Vaccination report Assam 1874-1896 - 1874-1896
Year: 1874
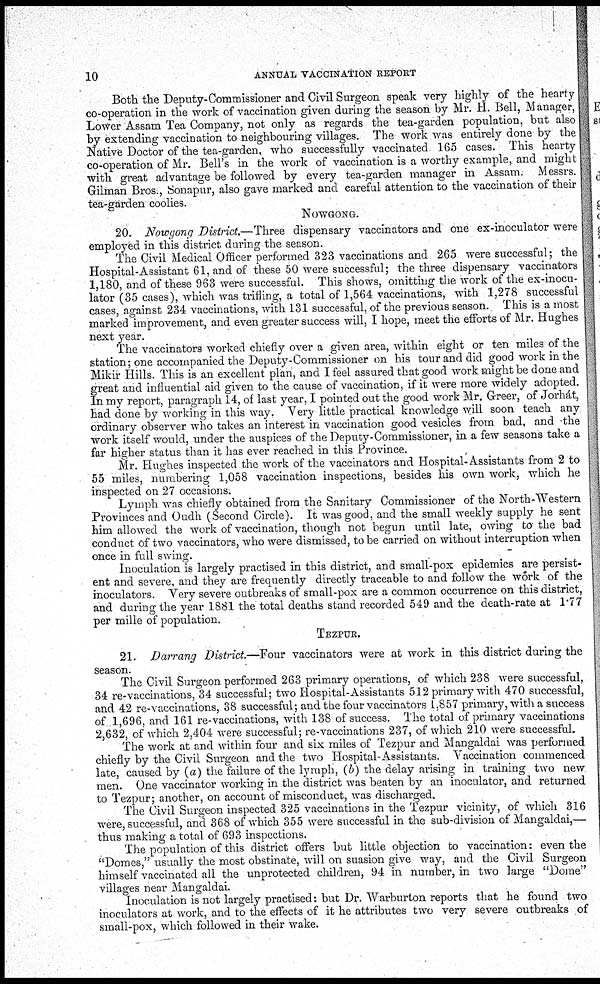
10
ANNUAL VACCINATION REPORT
Both the Deputy-Commissioner and Civil Surgeon speak very highly of the hearty
co-operation in the work of vaccination given during the season by Mr. H. Bell, Manager,
Lower Assam Tea Company, not only as regards the tea-garden population, but also
by extending vaccination to neighbouring villages. The work was entirely done by the
Native Doctor of the tea-garden, who successfully vaccinated 165 cases. This hearty
co-operation of Mr. Bell's in the work of vaccination is a worthy example, and might
with great advantage be followed by every tea-garden manager in Assam. Messrs.
Gilman Bros., Sonapur, also gave marked and careful attention to the vaccination of their
tea-garden coolies.
NOWGONG.
20. Nowgong District.—Three dispensary vaccinators and one ex-inoculator were
employed in this district during the season.
The Civil Medical Officer performed 323 vaccinations and 265 were successful; the
Hospital-Assistant 61, and of these 50 were successful; the three dispensary vaccinators
1,180, and of these 963 were successful. This shows, omitting the work of the ex-inocu-
lator (35 cases), which was trifling, a total of 1,564 vaccinations, with 1,278 successful
cases, against 234 vaccinations, with 131 successful, of the previous season. This is a most
marked improvement, and even greater success will, I hope, meet the efforts of Mr. Hughes
next year.
The vaccinators worked chiefly over a given area, within eight or ten miles of the
station; one accompanied the Deputy-Commissioner on his tour and did good work in the
Mikir Hills. This is an excellent plan, and I feel assured that good work might be done and
great and influential aid given to the cause of vaccination, if it were more widely adopted.
In my report, paragraph 14, of last year, I pointed out the good work Mr. Greer, of Jorhát,
had done by working in this way. Very little practical knowledge will soon teach any
ordinary observer who takes an interest in vaccination good vesicles from bad, and the
work itself would, under the auspices of the Deputy-Commissioner, in a few seasons take a
far higher status than it has ever reached in this Province.
Mr. Hughes inspected the work of the vaccinators and Hospital- Assistants from 2 to
55 miles, numbering 1,058 vaccination inspections, besides his own work, which he
inspected on 27 occasions.
Lymph was chiefly obtained from the Sanitary Commissioner of the North -Western
Provinces and Oudh (Second Circle). It was good, and the small weekly supply he sent
him allowed the work of vaccination, though not begun until late, owing to the bad
conduct of two vaccinators, who were dismissed, to be carried on without interruption when
once in full swing.
Inoculation is largely practised in this district, and small-pox epidemics are persist-
ent and severe, and they are frequently directly traceable to and follow the work of the
inoculators. Very severe outbreaks of small-pox are a common occurrence on this district,
and during the year 1881 the total deaths stand recorded 549 and the death-rate at 1.77
per mille of population.
TEZPUR.
21. Darrang District.—Four vaccinators were at work in this district during the
season.
The Civil Surgeon performed 263 primary operations, of which 238 were successful,
34 re-vaccinations, 34 successful; two Hospital-Assistants 512 primary with 470 successful,
and 42 re-vaccinations, 38 successful; and the four vaccinators 1,857 primary, with a success
of 1,696, and 161 re-vaccinations, with 138 of success. The total of primary vaccinations
2,632, of which 2,404 were successful; re-vaccinations 237, of which 210 were successful.
The work at and within four and six miles of Tezpur and Mangaldai was performed
chiefly by the Civil Surgeon and the two Hospital-Assistants. Vaccination commenced
late, caused by (a) the failure of the lymph, (b) the delay arising in training two new
men. One vaccinator working in the district was beaten by an inoculator, and returned
to Tezpur; another, on account of misconduct, was discharged.
The Civil Surgeon inspected 325 vaccinations in the Tezpur vicinity, of which 316
were, successful, and 368 of which 355 were successful in the sub-division of Mangaldai,—
thus making a total of 693 inspections.
The population of this district offers but little objection to vaccination: even the
"Domes," usually the most obstinate, will on suasion give way, and the Civil Surgeon
himself vaccinated all the unprotected children, 94 in number, in two large "Dome"
villages near Mangaldai.
Inoculation is not largely practised: but Dr. Warburton reports that he found two
inoculators at work, and to the effects of it he attributes two very severe outbreaks of
small-pox, which followed in their wake.